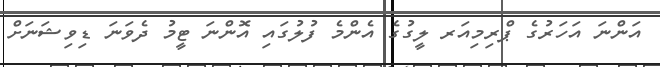
އަންނަ އަހަރުގެ ޕްރިމިއަރ ލީގުގެ އެންމެ ފުލުގައި އޮންނަ ޓީމު ދެވަނަ ޑިވިޝަނަށް